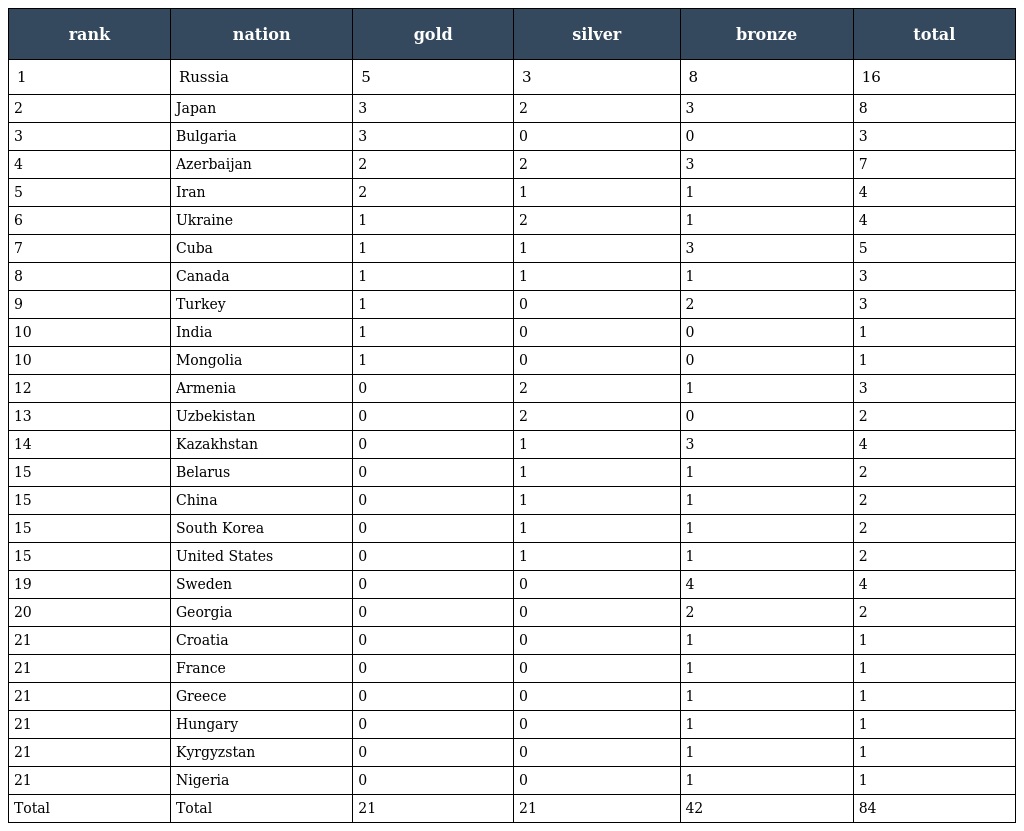
| rank | nation | gold | silver | bronze | total |
 | --- | --- | --- | --- | --- | --- |
 | 1 | Russia | 5 | 3 | 8 | 16 |
 | 2 | Japan | 3 | 2 | 3 | 8 |
 | 3 | Bulgaria | 3 | 0 | 0 | 3 |
 | 4 | Azerbaijan | 2 | 2 | 3 | 7 |
 | 5 | Iran | 2 | 1 | 1 | 4 |
 | 6 | Ukraine | 1 | 2 | 1 | 4 |
 | 7 | Cuba | 1 | 1 | 3 | 5 |
 | 8 | Canada | 1 | 1 | 1 | 3 |
 | 9 | Turkey | 1 | 0 | 2 | 3 |
 | 10 | India | 1 | 0 | 0 | 1 |
 | 10 | Mongolia | 1 | 0 | 0 | 1 |
 | 12 | Armenia | 0 | 2 | 1 | 3 |
 | 13 | Uzbekistan | 0 | 2 | 0 | 2 |
 | 14 | Kazakhstan | 0 | 1 | 3 | 4 |
 | 15 | Belarus | 0 | 1 | 1 | 2 |
 | 15 | China | 0 | 1 | 1 | 2 |
 | 15 | South Korea | 0 | 1 | 1 | 2 |
 | 15 | United States | 0 | 1 | 1 | 2 |
 | 19 | Sweden | 0 | 0 | 4 | 4 |
 | 20 | Georgia | 0 | 0 | 2 | 2 |
 | 21 | Croatia | 0 | 0 | 1 | 1 |
 | 21 | France | 0 | 0 | 1 | 1 |
 | 21 | Greece | 0 | 0 | 1 | 1 |
 | 21 | Hungary | 0 | 0 | 1 | 1 |
 | 21 | Kyrgyzstan | 0 | 0 | 1 | 1 |
 | 21 | Nigeria | 0 | 0 | 1 | 1 |
 | Total | Total | 21 | 21 | 42 | 84 |